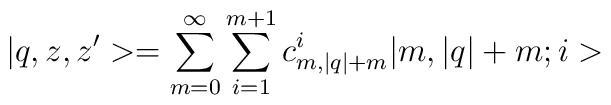
|q,z,z^{\prime }>=\sum_{m=0}^\infty \sum_{i=1}^{m+1}c_{m,|q|+m}^i|m,|q|+m;i>